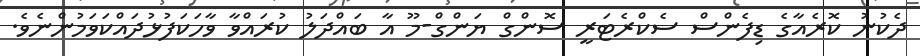
ދެކުނު ކޮރެއާގެ ޑިފެންސް ސެކްރެޓަރީ ސޮންގް ޔަންގް-މޫ އާ ބައްްދަލު ކުރައްވާ ވާހަކަފުޅުދައްކަވަމުންނެވެ.